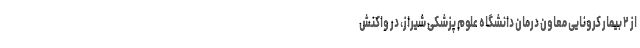
از ۲ بیمار کرونایی معاون درمان دانشگاه علوم پزشکی شیراز، در واکنش